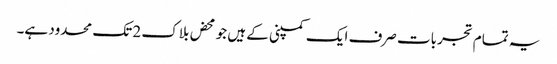
یہ تمام تجربات صرف ایک کمپنی کے ہیں جو محض بلاک 2 تک محدود ہے۔